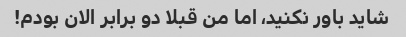
شاید باور نکنید، اما من قبلا دو برابر الان بودم!